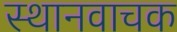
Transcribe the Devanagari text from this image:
स्थानवाचक